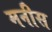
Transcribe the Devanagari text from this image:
मनीस